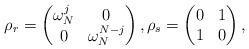
LaTeX: \begin{align*} \rho_r=\begin{pmatrix}\omega_N^{{j}}&0\\0&\omega_N^{N-{j}}\end{pmatrix} ,\rho_s=\begin{pmatrix}0&1\\1&0\end{pmatrix},\end{align*}